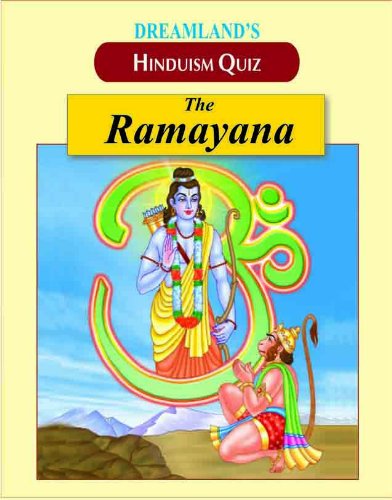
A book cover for The Ramayana (Hindusim Quiz); Anil Chawla; Children's Books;